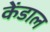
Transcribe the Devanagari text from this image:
केंडाल